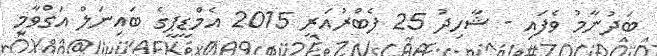
ބަދުނާމު ވެފައި - ޝާހިދު 25 ފެބްރުއަރީ 2015 އެމްޑީޕީގެ ބައިނަލް އަގްވާމީ